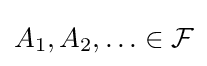
A_{1},A_{2},\ldots \in {\mathcal {F}}